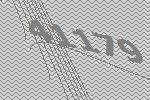
41179